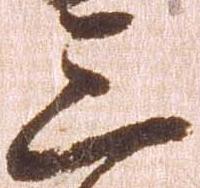
三